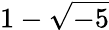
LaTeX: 1-{\sqrt{-5}}